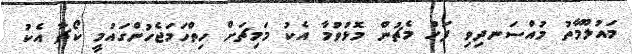
މައުލޫމާތު މުއްސަނދިވި ފަހު މެޗުން މޮޅުވުމާ އެކު މަމިޗަށް ހިތްހަމަޖެހުންގައުމީ ކޯޗާ އެކު